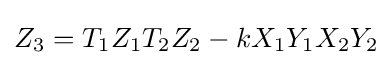
Z_{3}=T_{1}Z_{1}T_{2}Z_{2}-kX_{1}Y_{1}X_{2}Y_{2}